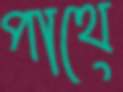
পাথে